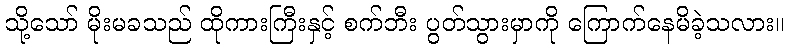
သို့သော် မိုးမခသည် ထိုကားကြီးနှင့် စက်ဘီး ပွတ်သွားမှာကို ကြောက်နေမိခဲ့သလား။